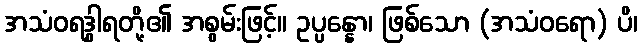
အသံဝရဒွါရတို့၏ အစွမ်းဖြင့်။ ဥပ္ပန္နော၊ ဖြစ်သော (အသံဝရော) ပိ၊